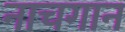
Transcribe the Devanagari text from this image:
नाचगान